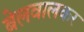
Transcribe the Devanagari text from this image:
बेलवालकर